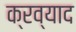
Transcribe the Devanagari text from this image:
क्रव्याद